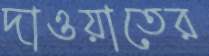
দাওয়াতের